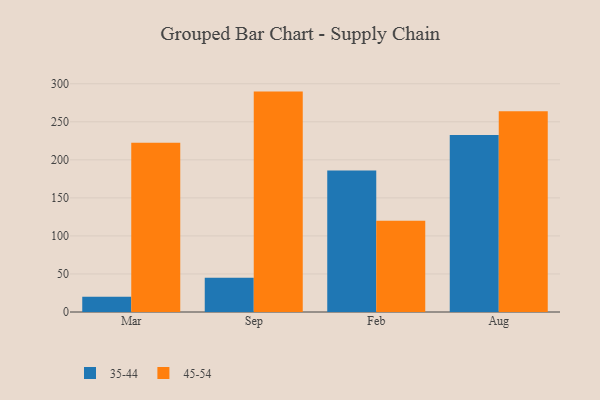
{"axis": {"x": "Month", "y": "Conversion Rate (%)"}, "legend": ["35-44", "45-54"], "data": [{"x": "Mar", "y": 20.2, "type": "35-44"}, {"x": "Mar", "y": 222.4, "type": "45-54"}, {"x": "Sep", "y": 44.9, "type": "35-44"}, {"x": "Sep", "y": 289.7, "type": "45-54"}, {"x": "Feb", "y": 185.9, "type": "35-44"}, {"x": "Feb", "y": 119.8, "type": "45-54"}, {"x": "Aug", "y": 232.5, "type": "35-44"}, {"x": "Aug", "y": 263.9, "type": "45-54"}]}